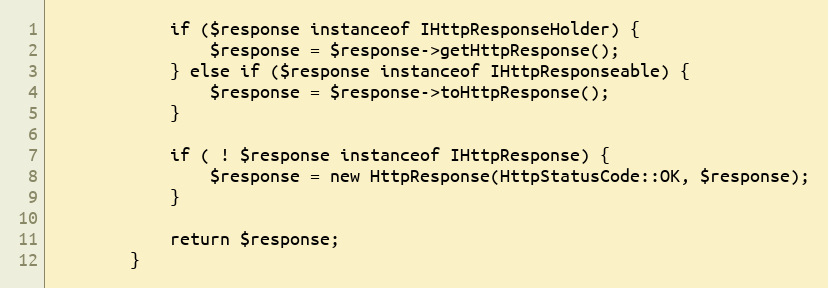
Language: PHP
            if ($response instanceof IHttpResponseHolder) {
                $response = $response->getHttpResponse();
            } else if ($response instanceof IHttpResponseable) {
                $response = $response->toHttpResponse();
            }

            if ( ! $response instanceof IHttpResponse) {
                $response = new HttpResponse(HttpStatusCode::OK, $response);
            }

            return $response;
        }